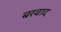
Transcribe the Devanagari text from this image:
बरवाद